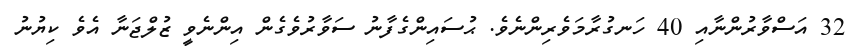
32 އަސްވާރުންނާއި 40 ހަނގުރާމަވެރިންނެވެ. ޙުސައިންގެފާނު ސަވާރުވެގެން އިންނެވީ ޒުލްޖަނާ އެވެ ކިޔުނު